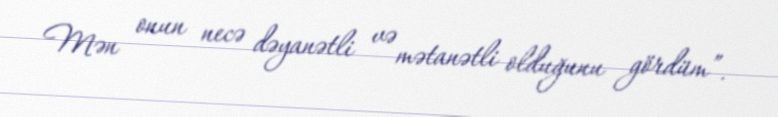
Mən onun necə dəyanətli və mətanətli olduğunu gördüm”.